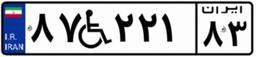
۴۷W۹۳۹۰۱